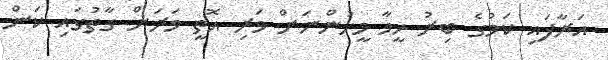
އަރާފައި ކަމުގެ ބިރު ހީވާ މީހުންނަށް ވަރި އޮތީ ވަރަށް ގާތުގައި ކަން